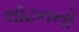
લૉટનનો